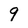
Character: 9